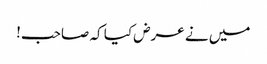
میں نے عرض کیا کہ صاحب!